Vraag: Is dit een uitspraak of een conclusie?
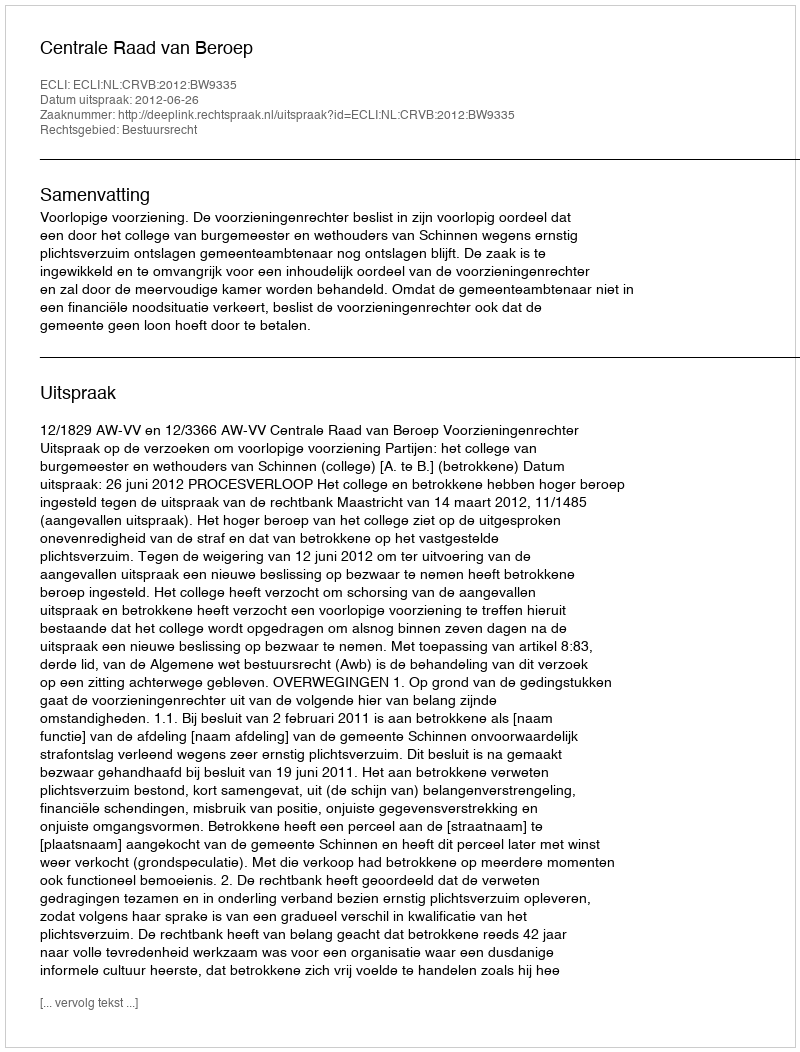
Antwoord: Uitspraak